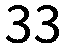
33